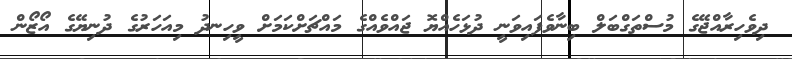
ދިވެހިރާއްޖޭގެ މުސްތަގްބަލް ބިނާވެފައިވަނީ ދުޅަހެއްޔޮ ޖައްވެއްގެ މައްޗަށްކަމަށް ވީހިނދު މިއަހަރުގެ ދުނިޔޭގެ އޯޒޯން